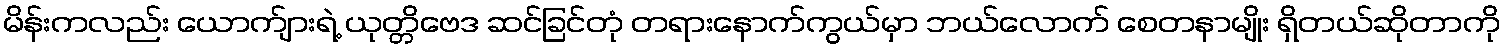
မိန်းကလည်း ယောက်ျားရဲ့ ယုတ္တိဗေဒ ဆင်ခြင်တုံ တရားနောက်ကွယ်မှာ ဘယ်လောက် စေတနာမျိုး ရှိတယ်ဆိုတာကို